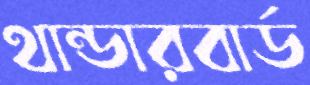
থান্ডারবার্ড